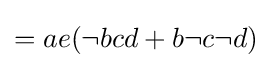
{\textstyle =ae(\neg bcd+b\neg c\neg d)}